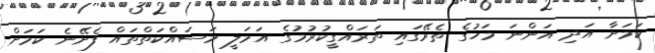
ކަމަށާ އަދި އަންނަ މަހުގެ ތެރޭގައި ތަރައްގީކުރުމުގެ އަމަލީ މަަސައްކަތްތައް ފެށޭނެ ކަމަށް